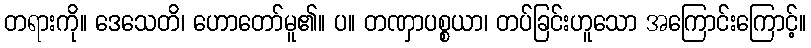
တရားကို။ ဒေသေတိ၊ ဟောတော်မူ၏။ ပ။ တဏှာပစ္စယာ၊ တပ်ခြင်းဟူသော အကြောင်းကြောင့်။